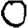
Digit: 0